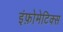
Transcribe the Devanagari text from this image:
इंफ़ोमेटिक्स